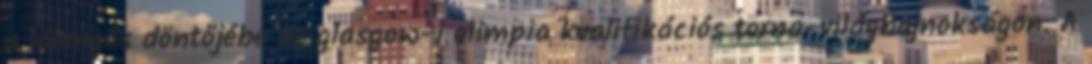
a lólengés döntőjébe az glasgow-i olimpia kvalifikációs torna-világbajnokságon. A